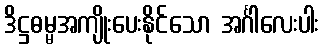
ဒိဋ္ဌဓမ္မအကျိုးပေးနိုင်သော အင်္ဂါလေးပါး